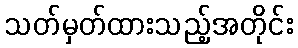
သတ်မှတ်ထားသည့်အတိုင်း